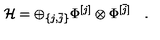
{ \mathcal H } = \oplus _ { \{ j , \bar { j } \} } \Phi ^ { [ j ] } \otimes \Phi ^ { [ \bar { j } ] } \quad .